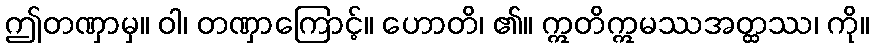
ဤတဏှာမှ။ ဝါ၊ တဏှာကြောင့်။ ဟောတိ၊ ၏။ ဣတိဣမဿအတ္ထဿ၊ ကို။